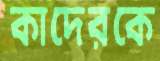
কাদেরকে